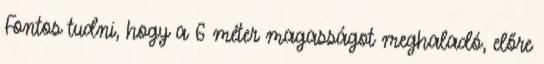
Fontos tudni, hogy a 6 méter magasságot meghaladó, előre